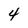
Character: 4